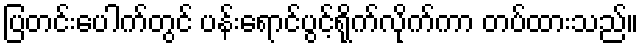
ပြတင်းပေါက်တွင် ပန်းရောင်ပွင့်ရိုက်လိုက်ကာ တပ်ထားသည်။